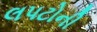
લપટોની